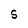
Character: S